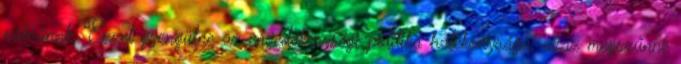
válnának. Ezzel gyengülne az engedékenységi politika hatékonysága, azaz megszűnne